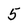
Character: 5